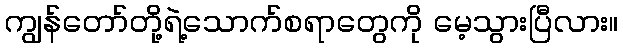
ကျွန်တော်တို့ရဲ့သောက်စရာတွေကို မေ့သွားပြီလား။